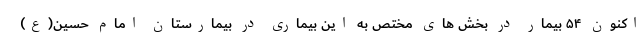
اکنون ۵۴ بیمار در بخش های مختص به این بیماری در بیمارستان امام حسین(ع)